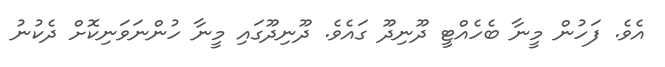
އެވެ. ފަހުން މީނާ ބެހެއްޓީ ދޫނިދޫ ގައެވެ. ދޫނިދޫގައި މީނާ ހުންނަވަނިކޮށް ދެކުނު